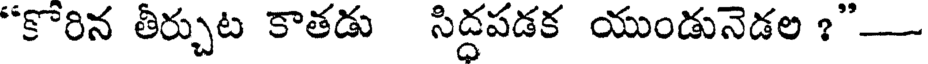
"కోరిన తీర్చుట కాతడు సిద్ధపడక యుండునెడల ?"-